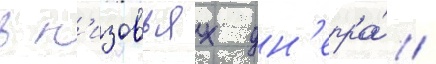
в н'изовьях дн'епра́ /